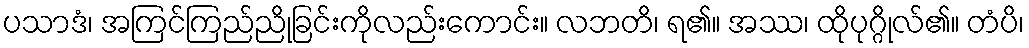
ပသာဒံ၊ အကြင်ကြည်ညိုခြင်းကိုလည်းကောင်း။ လဘတိ၊ ရ၏။ အဿ၊ ထိုပုဂ္ဂိုလ်၏။ တံပိ၊